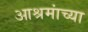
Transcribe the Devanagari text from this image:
आश्रमांच्या